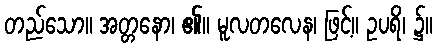
တည်သော။ အတ္တနော၊ ၏။ မူလတလေန၊ ဖြင့်။ ဥပရိ၊ ၌။